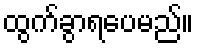
ထွက်ခွာရပေမည်။